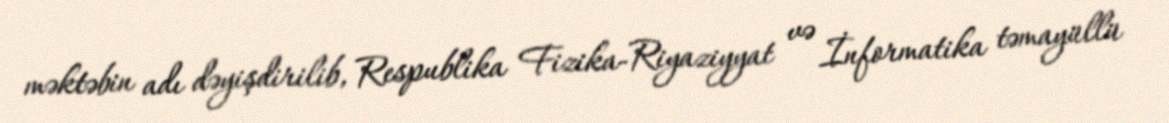
məktəbin adı dəyişdirilib, Respublika Fizika-Riyaziyyat və İnformatika təmayüllü